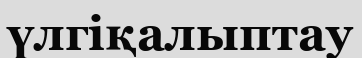
үлгіқалыптау